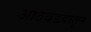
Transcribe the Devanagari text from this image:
आठवडय़ातून